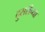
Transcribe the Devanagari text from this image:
दुसरीच्या